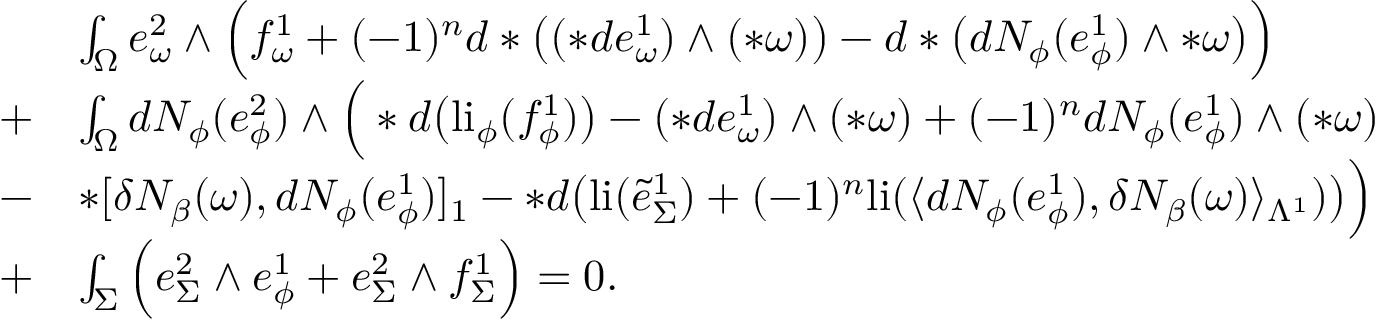
\begin{array} { r l } & { \int _ { \Omega } e _ { \omega } ^ { 2 } \wedge \Big ( f _ { \omega } ^ { 1 } + ( - 1 ) ^ { n } d \ast \big ( ( \ast d e _ { \omega } ^ { 1 } ) \wedge ( \ast \omega ) \big ) - d \ast \big ( d N _ { \phi } ( e _ { \phi } ^ { 1 } ) \wedge \ast \omega \big ) \Big ) } \\ { + } & { \int _ { \Omega } d N _ { \phi } ( e _ { \phi } ^ { 2 } ) \wedge \Big ( \ast d \big ( \mathrm { l i } _ { \phi } ( f _ { \phi } ^ { 1 } ) \big ) - ( \ast d e _ { \omega } ^ { 1 } ) \wedge ( \ast \omega ) + ( - 1 ) ^ { n } d N _ { \phi } ( e _ { \phi } ^ { 1 } ) \wedge ( \ast \omega ) } \\ { - } & { \ast [ \delta N _ { \beta } ( \omega ) , d N _ { \phi } ( e _ { \phi } ^ { 1 } ) ] _ { 1 } - \ast d \big ( \mathrm { l i } ( \tilde { e } _ { \Sigma } ^ { 1 } ) + ( - 1 ) ^ { n } \mathrm { l i } ( \langle d N _ { \phi } ( e _ { \phi } ^ { 1 } ) , \delta N _ { \beta } ( \omega ) \rangle _ { \Lambda ^ { 1 } } ) \big ) \Big ) } \\ { + } & { \int _ { \Sigma } \Big ( e _ { \Sigma } ^ { 2 } \wedge e _ { \phi } ^ { 1 } + e _ { \Sigma } ^ { 2 } \wedge f _ { \Sigma } ^ { 1 } \Big ) = 0 . } \end{array}